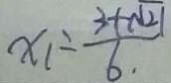
x _ { 1 } = \frac { 3 + \sqrt { 2 1 } } { 6 . }